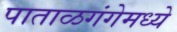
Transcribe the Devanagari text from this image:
पाताळगंगेमध्ये